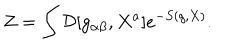
Z = \int { \cal D } [ g _ { \alpha \beta } , X ^ { a } ] e ^ { - S ( g , X ) } .